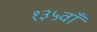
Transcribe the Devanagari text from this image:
१३५वाँ